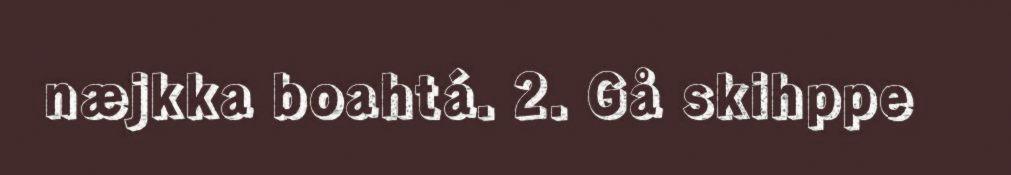
næjkka boahtá. 2. Gå skihppe